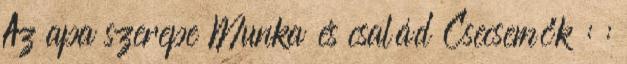
Az apa szerepe Munka és család Csecsemők : :